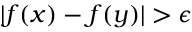
| f ( x ) - f ( y ) | > \epsilon